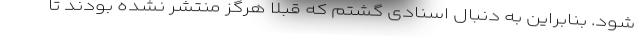
شود. بنابراین به دنبال اسنادی گشتم که قبلا هرگز منتشر نشده بودند تا